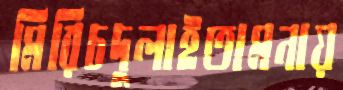
মিরিচদুলাইতামনায়